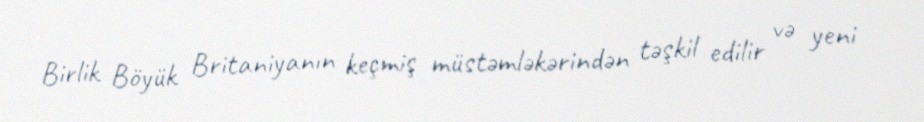
Birlik Böyük Britaniyanın keçmiş müstəmləkərindən təşkil edilir və yeni